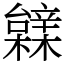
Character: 䢄